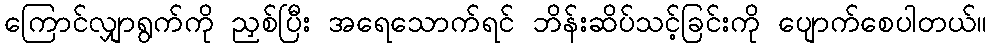
ကြောင်လျှာရွက်ကို ညှစ်ပြီး အရေသောက်ရင် ဘိန်းဆိပ်သင့်ခြင်းကို ပျောက်စေပါတယ်။